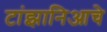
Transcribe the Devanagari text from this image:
टांझानिआचे